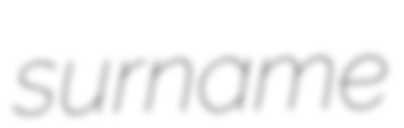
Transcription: surname